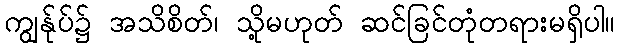
ကျွန်ုပ်၌ အသိစိတ်၊ သို့မဟုတ် ဆင်ခြင်တုံတရားမရှိပါ။